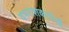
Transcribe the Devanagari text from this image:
वपराशकर्ताओं